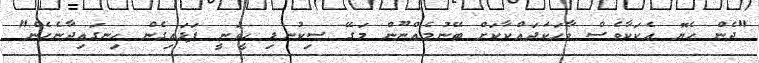
"ދެން ހެޔޮ އެކަކާވެސް ވާހަކަދައްކާކަށް ބޭނުމެއްނޫން މަގޭ ސިކުނޑި ހީވަނީ ފަޅައިގެން ހިނގައިދާނެހެން"